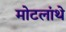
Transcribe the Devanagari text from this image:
मोटलांथे